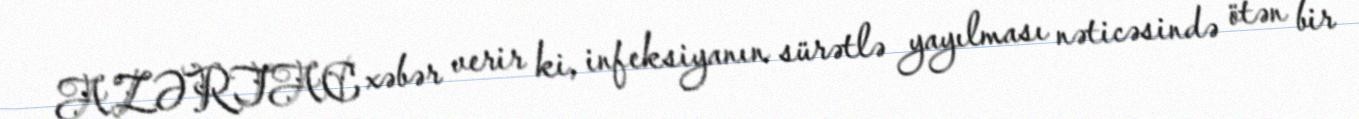
AZƏRTAC xəbər verir ki, infeksiyanın sürətlə yayılması nəticəsində ötən bir